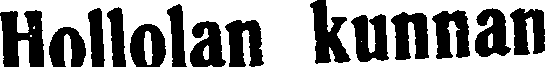
Hollolan kunnan